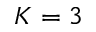
K = 3